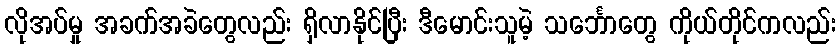
လိုအပ်မှု အခက်အခဲတွေလည်း ရှိလာနိုင်ပြီး ဒီမောင်းသူမဲ့ သင်္ဘောတွေ ကိုယ်တိုင်ကလည်း